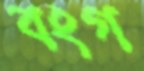
বংগ